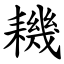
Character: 耭